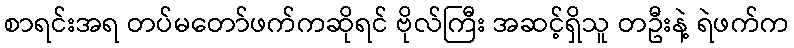
စာရင်းအရ တပ်မတော်ဖက်ကဆိုရင် ဗိုလ်ကြီး အဆင့်ရှိသူ တဦးနဲ့ ရဲဖက်က